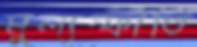
মুল্যস্ফীতি